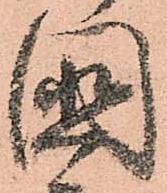
國